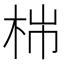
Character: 𣑹